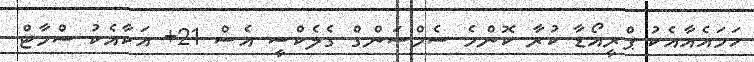
ހަމައެއާއެކު ޕްރީއޯޑާ ކުރާ ކޮންމެ ސެމްސަންގް ގެލެކްސީ އެސް 21+ އަކާއެކު ސްމާޓް